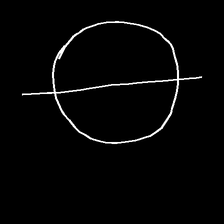
Glyph: orb